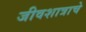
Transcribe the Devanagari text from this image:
जीवशात्राचे